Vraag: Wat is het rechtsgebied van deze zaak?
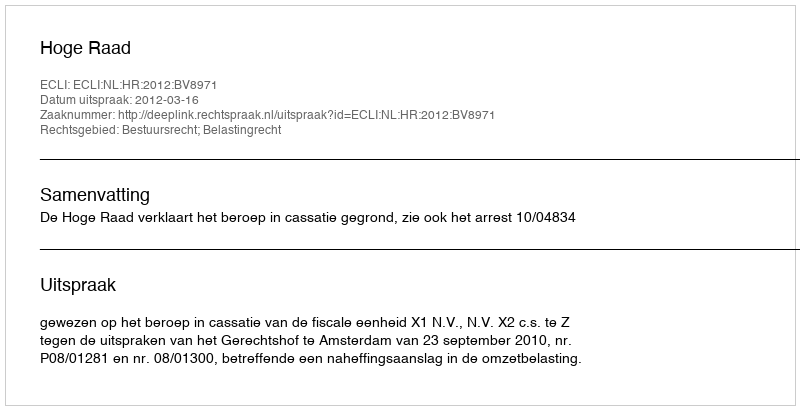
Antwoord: Bestuursrecht; Belastingrecht